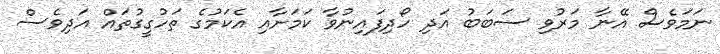
ނަމަވެސް އޭނާ މަރުވި ސަބަބު އަދި ހޯދިފައިނުވާ ކަމަށާއި އެކަމުގެ ތަހުގީގުތައް އަދިވެސް